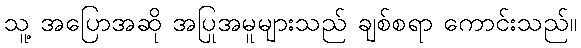
သူ့ အပြောအဆို အပြုအမူများသည် ချစ်စရာ ကောင်းသည်။